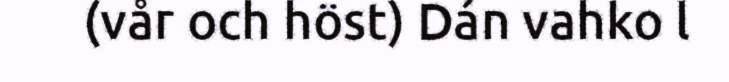
(vår och höst) Dán vahko l